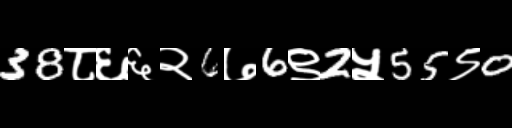
Text: 38८६६२6७6९2५55९0